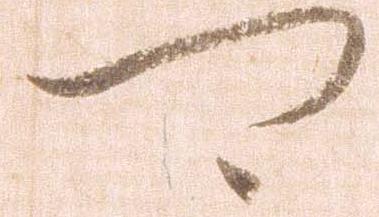
可